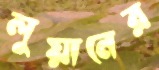
লুয়ানের